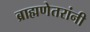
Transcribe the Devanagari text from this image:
ब्राह्मणेतरांनी